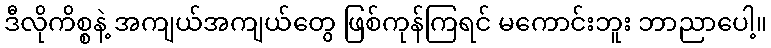
ဒီလိုကိစ္စနဲ့ အကျယ်အကျယ်တွေ ဖြစ်ကုန်ကြရင် မကောင်းဘူး ဘာညာပေါ့။